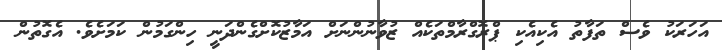
އަހަރަކު ވެސް ތަފާތު އެކިއެކި ޕްރޮގްރާމްތަކެއް ޒުވާނުންނަށް އަމާޒުކޮށްގެންދަނީ ހިންގަމުން ކަމަށެވެ. އެގޮތުން